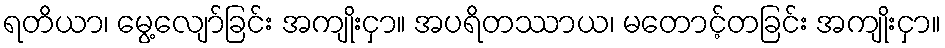
ရတိယာ၊ မွေ့လျော်ခြင်း အကျိုးငှာ။ အပရိတဿာယ၊ မတောင့်တခြင်း အကျိုးငှာ။